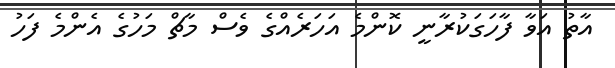
އާތު އަވާ ފާހަގަކުރާނީ ކޮންމެ އަހަރެއްގެ ވެސް މާޗް މަހުގެ އެންމެ ފަހު